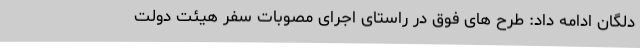
دلگان ادامه داد: طرح های فوق در راستای اجرای مصوبات سفر هیئت دولت